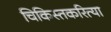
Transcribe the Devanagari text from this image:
चिकिस्तकरित्या